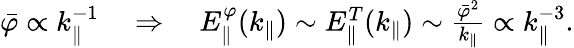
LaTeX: \begin{array}{r}{\bar{\varphi}\propto k_{\parallel}^{-1}\quad\Rightarrow\quad E_{\parallel}^{\varphi}(k_{\parallel})\sim E_{\parallel}^{T}(k_{\parallel})\sim\frac{\bar{\varphi}^{2}}{k_{\parallel}}\propto k_{\parallel}^{-3}.}\end{array}